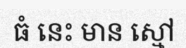
ធំ នេះ មាន ស្មៅ